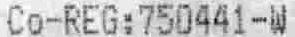
CO-REG:750441-W